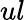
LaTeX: ul